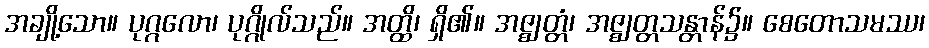
အချို့သော။ ပုဂ္ဂလော၊ ပုဂ္ဂိုလ်သည်။ အတ္ထိ၊ ရှိ၏။ အဇ္ဈတ္တံ၊ အဇ္ဈတ္တသန္တာန်၌။ စေတောသမဿ၊